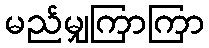
မည်မျှကြာကြာ